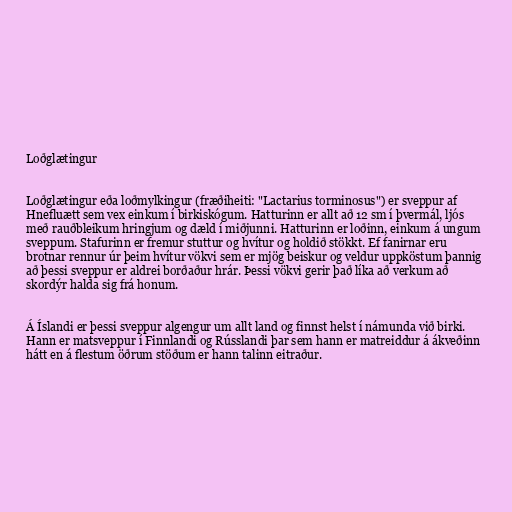
Loðglætingur

Loðglætingur eða loðmylkingur (fræðiheiti: "Lactarius torminosus") er sveppur af
Hnefluætt sem vex einkum í birkiskógum. Hatturinn er allt að 12 sm í þvermál, ljós
með rauðbleikum hringjum og dæld í miðjunni. Hatturinn er loðinn, einkum á ungum
sveppum. Stafurinn er fremur stuttur og hvítur og holdið stökkt. Ef fanirnar eru
brotnar rennur úr þeim hvítur vökvi sem er mjög beiskur og veldur uppköstum þannig
að þessi sveppur er aldrei borðaður hrár. Þessi vökvi gerir það líka að verkum að
skordýr halda sig frá honum.

Á Íslandi er þessi sveppur algengur um allt land og finnst helst í námunda við birki.
Hann er matsveppur í Finnlandi og Rússlandi þar sem hann er matreiddur á ákveðinn
hátt en á flestum öðrum stöðum er hann talinn eitraður.